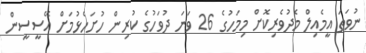
ނުވަތަ އީމެއިލް މެދުވެރިކޮށް މިމަހުގެ 26 ވަނަ ދުވަހުގެ ކުރިން ހުށަހެޅުމަށް އޭސީސީން